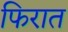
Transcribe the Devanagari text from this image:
फिरात